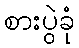
စားပွဲခုံ